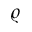
\varrho